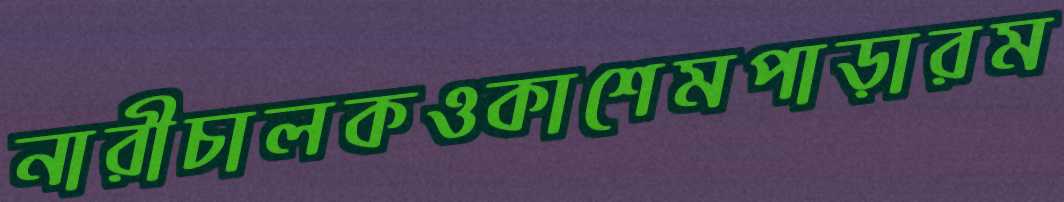
নারীচালকওকাশেমপাড়ারম